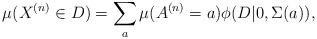
\begin{align*}\mu(X^{(n)}\in D)=\sum_{a}\mu(A^{(n)}=a)\phi(D|0,\Sigma(a)),\end{align*}